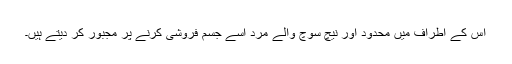
اس کے اطراف میں محدود اور نیچ سوچ والے مرد اسے جسم فروشی کرنے پر مجبور کر دیتے ہیں۔